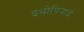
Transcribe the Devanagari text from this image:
इथोपियाई